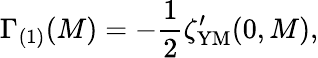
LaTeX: \Gamma_{(1)}(M)=-{\frac{1}{2}}\zeta_{\mathrm{YM}}^{\prime}(0,M),